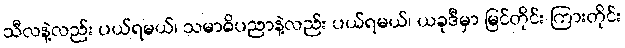
သီလနဲ့လည်း ပယ်ရမယ်၊ သမာဓိပညာနဲ့လည်း ပယ်ရမယ်၊ ယခုဒီမှာ မြင်တိုင်း ကြားတိုင်း